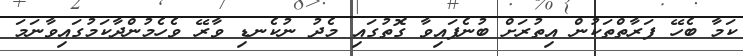
ކަމާ ބެހޭ ފަރާތްތަކުން އިތުރަށް ބުނެފައިވާ ގޮތުގައި މެދު ނުކެނޑި ވާރޭ ވެހެމުންދާކަމުގައިވާނަމަ